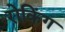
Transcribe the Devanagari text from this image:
रोकिंग